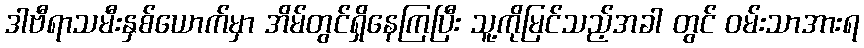
ဒါဗီရာသမီးနှစ်ယောက်မှာ အိမ်တွင်ရှိနေကြပြီး သူ့ကိုမြင်သည့်အခါ တွင် ဝမ်းသာအားရ